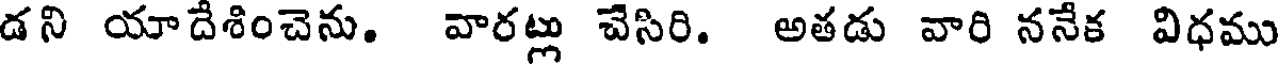
డని యాదేశించెను. వారట్లు చేసిరి. అతడు వారి ననేక విధము